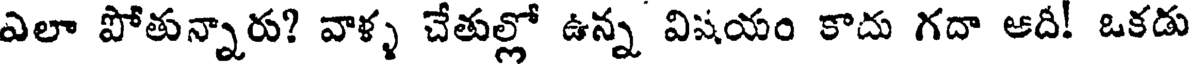
ఎలా పోతున్నారు? వాళ్ళ చేతుల్లో ఉన్న విషయం కాదు గదా ఆదీ! ఒకడు